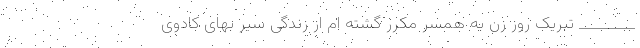
________ تبریک روز زن به همسر مکرر گشته ام از زندگی سیر بهای کادوی